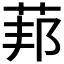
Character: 𱽨